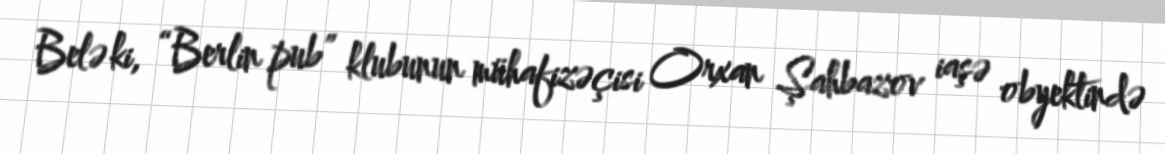
Belə ki, “Berlin pub” klubunun mühafizəçisi Orxan Şahbazov iaşə obyektində